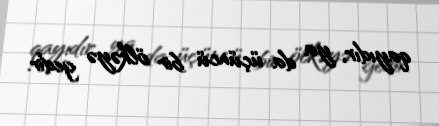
qayıdır, ya da üçüncü bir ölkəyə gedir.